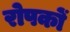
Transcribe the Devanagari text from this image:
रोपकों